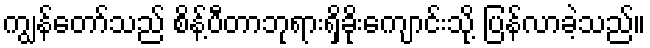
ကျွန်တော်သည် စိန့်ပီတာဘုရားရှိခိုးကျောင်းသို့ ပြန်လာခဲ့သည်။